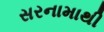
સરનામાથી